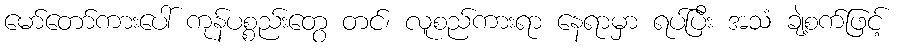
မော်တော်ကားပေါ် ကုန်ပစ္စည်းတွေ တင်၊ လူစည်ကားရာ နေရာမှာ ရပ်ပြီး အသံ ချဲ့စက်ဖြင့်